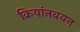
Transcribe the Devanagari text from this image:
क्रियांनवयन